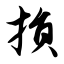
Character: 损